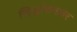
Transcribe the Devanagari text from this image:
सिद्धांकनावर